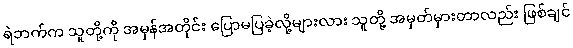
ရဲဘက်က သူတို့ကို အမှန်အတိုင်း ပြောမပြခဲ့လို့များလား သူတို့ အမှတ်မှားတာလည်း ဖြစ်ချင်